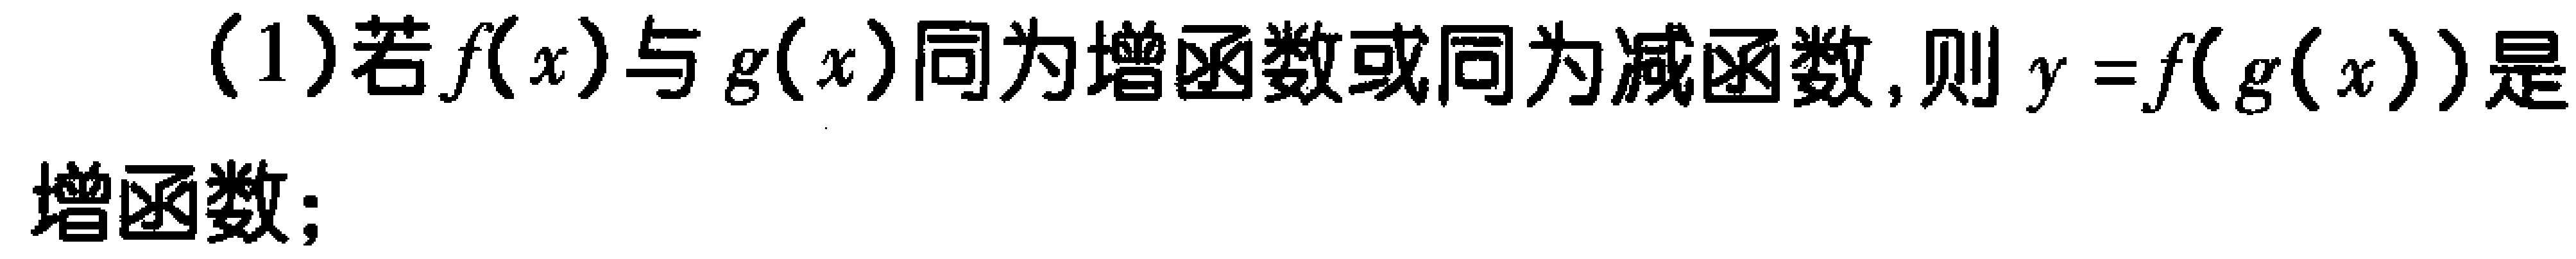
(1)若\(f(x)\)与\(g(x)\)同为增函数或同为减函数,则\(y = f(g(x))\)是增函数;